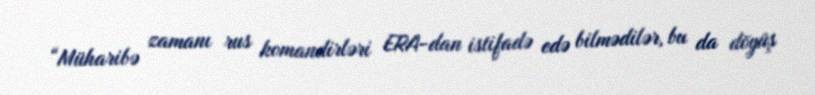
“Müharibə zamanı rus komandirləri ERA-dan istifadə edə bilmədilər, bu da döyüş